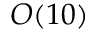
O ( 1 0 )